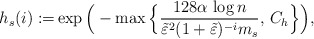
\begin{align*} h_s(i) := & \exp \Big( - \max \Big\{ \frac{128 \alpha\,\log n }{\tilde \varepsilon^2 ( 1+ \tilde \varepsilon )^{-i} m_s } ,\, C_h \Big\} \Big),\end{align*}